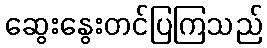
ဆွေးနွေးတင်ပြကြသည်